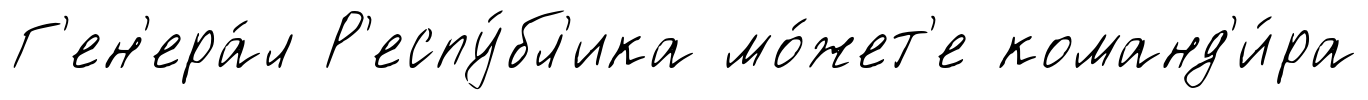
Г'ен'ера́л Р'еспу́бл'ика мо́жет'е команд'и́ра